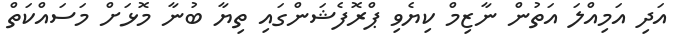
އަދި އަމިއްލަ އަތުން ނާޒިމް ކިޔެވި ޕްރޮފެޝަންގައި ތިޔާ ބުނާ މޮޅަށް މަސައްކަތް